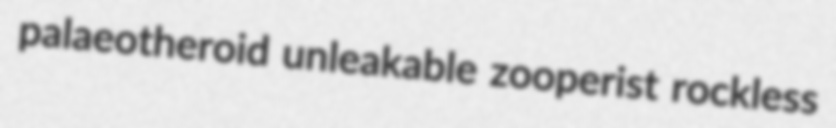
palaeotheroid unleakable zooperist rockless